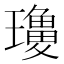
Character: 𱯾